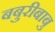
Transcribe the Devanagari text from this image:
बबुरीबाबु